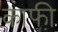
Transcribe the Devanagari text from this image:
काफी़